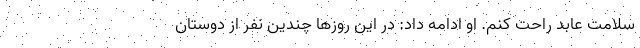
سلامت عابد راحت کنم. او ادامه داد: در این روزها چندین نفر از دوستان